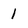
Character: 1